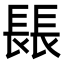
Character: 𨲍